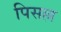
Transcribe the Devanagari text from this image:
पिसल्ल